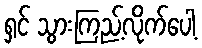
ရှင် သွားကြည့်လိုက်ပေါ့